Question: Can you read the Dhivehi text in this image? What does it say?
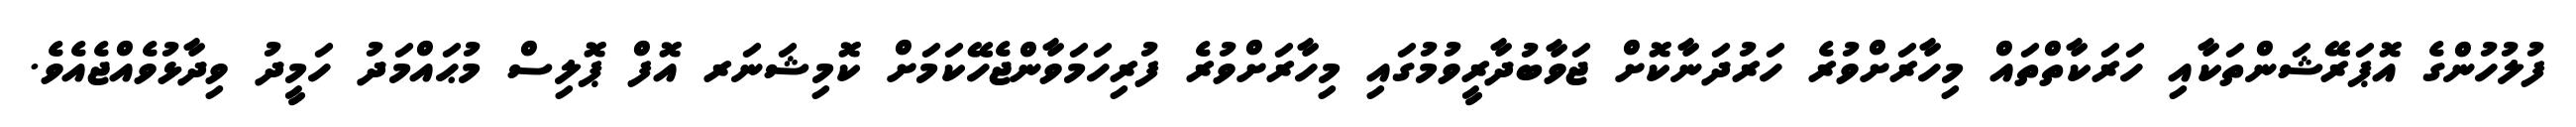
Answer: ފުލުހުންގެ އޮޕަރޭޝަންތަކާއި ހަރަކާތްތައް މިހާރަށްވުރެ ހަރުދަނާކޮށް ޖަވާބުދާރީވުމުގައި މިހާރަށްވުރެ ފުރިހަމަވާންޖެހޭކަމަށް ކޮމިޝަނަރ އޮފް ޕޮލިސް މުޙައްމަދު ހަމީދު ވިދާޅުވެއްޖެއެވެ.